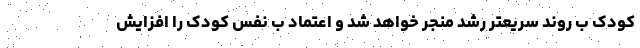
کودک ب روند سریعتر رشد منجر خواهد شد و اعتماد ب نفس کودک را افزایش